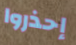
إحذروا